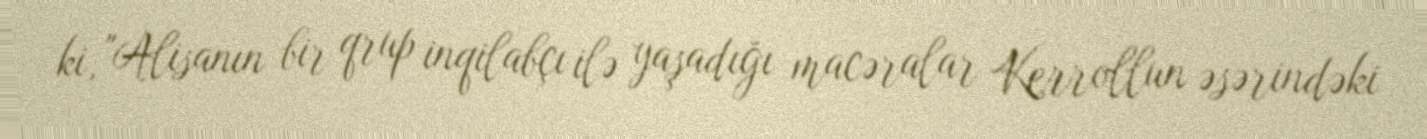
ki, "Alisanın bir qrup inqilabçı ilə yaşadığı macəralar Kerrollun əsərindəki